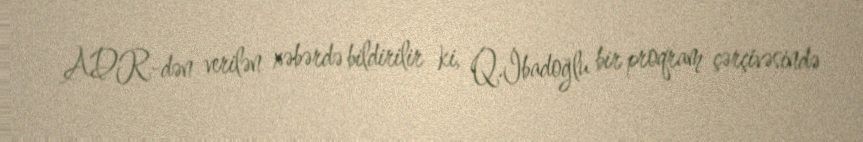
ADR-dən verilən xəbərdə bildirilir ki, Q.İbadoğlu bir proqram çərçivəsində